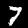
Label: 7